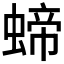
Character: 𧍝